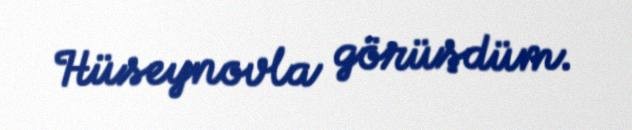
Hüseynovla görüşdüm.